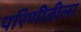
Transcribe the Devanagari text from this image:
परिणीतीला